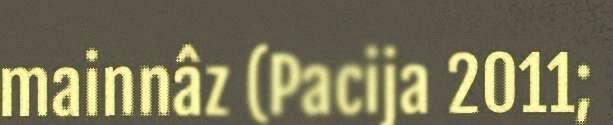
mainnâz (Pacija 2011;